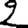
Digit: 2